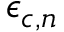
\epsilon _ { c , n }